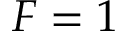
F = 1